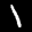
Label: 1